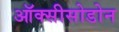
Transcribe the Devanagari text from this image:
ऑक्सीसोडोन